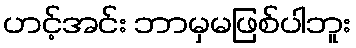
ဟင့်အင်း ဘာမှမဖြစ်ပါဘူး